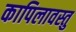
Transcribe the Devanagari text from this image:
कापिलावस्तु